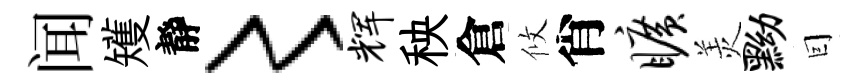
闻矱靜〻辉秧倉攸肖旷羙黝囙